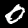
Label: 0